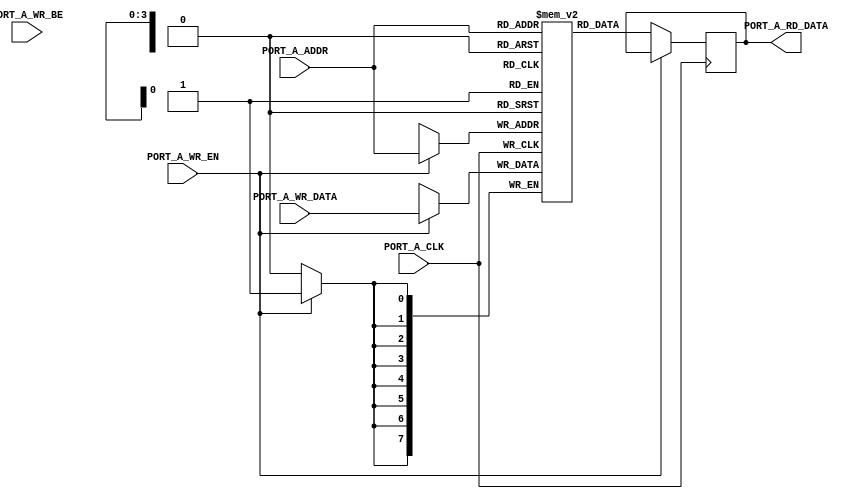
module RAM_WREN (
	input PORT_A_CLK,
	input [ABITS-1:0] PORT_A_ADDR,
	input [WIDTH-1:0] PORT_A_WR_DATA,
	output reg [WIDTH-1:0] PORT_A_RD_DATA,
	input [PORT_A_WR_EN_WIDTH-1:0] PORT_A_WR_EN,
	input [PORT_A_WR_BE_WIDTH-1:0] PORT_A_WR_BE
);

parameter ABITS=4;
parameter WIDTH=8;
parameter PORT_A_WR_EN_WIDTH=1;
parameter PORT_A_WR_BE_WIDTH=0;
parameter OPTION_BYTESIZE=WIDTH;
parameter WB=OPTION_BYTESIZE;

reg [WIDTH-1:0] mem [0:2**ABITS-1];

integer i;
always @(posedge PORT_A_CLK) begin
	for (i=0; i<PORT_A_WR_EN_WIDTH; i=i+1) // use PORT_A_WR_EN
		if (!PORT_A_WR_BE_WIDTH && PORT_A_WR_EN[i])
			mem[PORT_A_ADDR][i*WB+:WB] <= PORT_A_WR_DATA[i*WB+:WB];
	for (i=0; i<PORT_A_WR_BE_WIDTH; i=i+1) // use PORT_A_WR_BE
		if (PORT_A_WR_EN[0] && PORT_A_WR_BE[i])
			mem[PORT_A_ADDR][i*WB+:WB] <= PORT_A_WR_DATA[i*WB+:WB];
end

always @(posedge PORT_A_CLK)
	if (!PORT_A_WR_EN[0])
		PORT_A_RD_DATA <= mem[PORT_A_ADDR];

endmodule